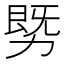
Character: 𰅓